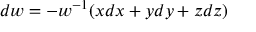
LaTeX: d w = - w ^ { - 1 } ( x d x + y d y + z d z )